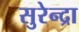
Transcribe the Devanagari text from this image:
सुरेन्द्रा